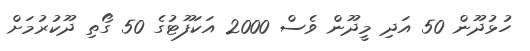
ހުޅުދޫން 50 އަދި މީދޫން ވެސް 2000 އަކަފޫޓުގެ 50 ގޯތި ދޫކުރުމަށް